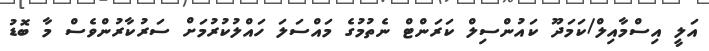
އަލީ އިސްމާއިލް/ކަމަދޫ ކައުންސިލް ކަރަންޓް ނެތުމުގެ މައްސަލަ ހައްލުކުރުމަށް ސަރުކާރުންވެސް މާ ބޮޑު